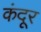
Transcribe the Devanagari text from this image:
कंदूर